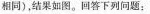
相同)，结果如图。回答下列问题：